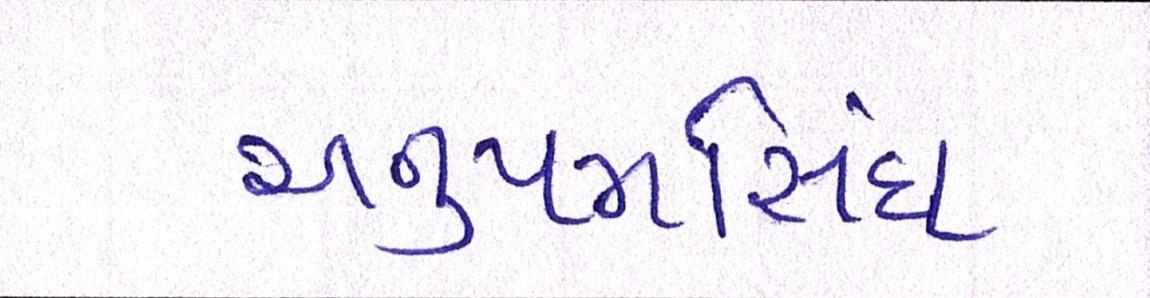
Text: અનુપમસિંઘ